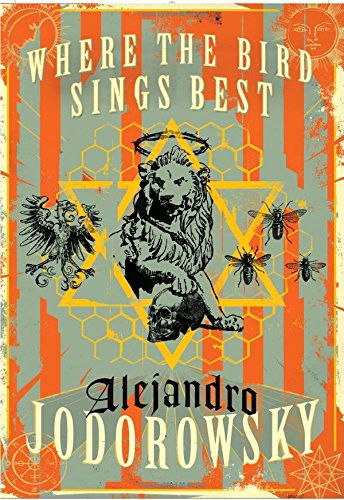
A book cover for Where the Bird Sings Best; Alejandro Jodorowsky; Literature & Fiction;